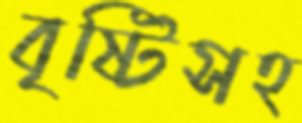
বৃষ্টিসহ